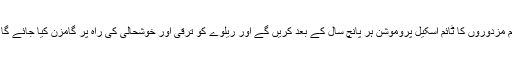
ہم مزدوروں کا ٹائم اسکیل پروموشن ہر پانچ سال کے بعد کریں گے اور ریلوے کو ترقی اور خوشحالی کی راہ پر گامزن کیا جائے گا ۔